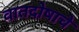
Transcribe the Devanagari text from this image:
वातदोषाचे